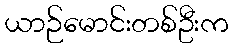
ယာဉ်မောင်းတစ်ဦးက